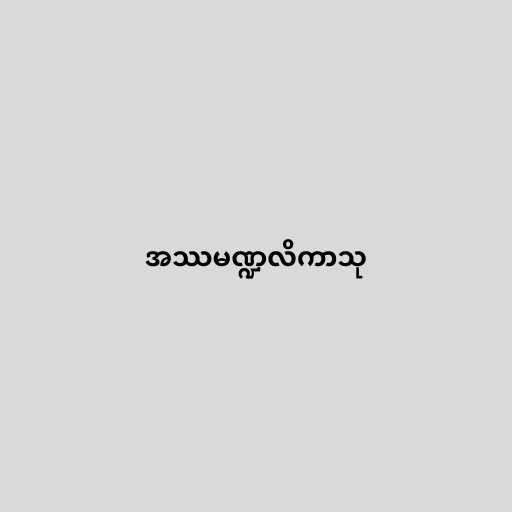
အဿမဏ္ဍလိကာသု